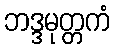
ဘဒ္ဒမုတ္တကံ